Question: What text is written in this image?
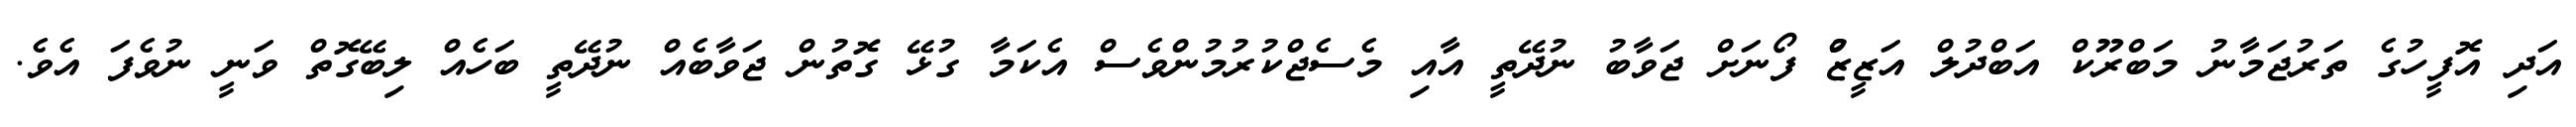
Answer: އަދި އޮފީހުގެ ތަރުޖަމާނު މަބްރޫކް އަބްދުލް އަޒީޒުް ފޯނަށް ޖަވާބު ނުދޭތީ އާއި މެސެޖްކުރުމުންވެސް އެކަމާ ގުޅޭ ގޮތުން ޖަވާބެއް ނުދޭތީ ބަހެއް ލިބޭގޮތް ވަނީ ނުވެފަ އެވެ.